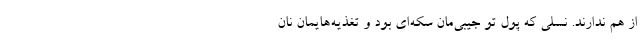
از هم ندارند. نسلی که پول تو جیبی‌مان سکه‌ای بود و تغذیه‌هایمان نان